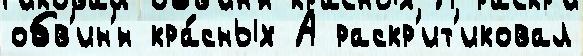
обв'ин'́н кра́сных А раскр'ит'иковал